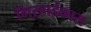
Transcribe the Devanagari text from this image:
गिऱ्हाईकास